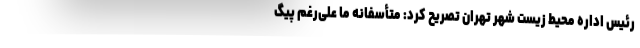
رئیس اداره محیط زیست شهر تهران تصریح کرد: متأسفانه ما علی‌رغم پیگ